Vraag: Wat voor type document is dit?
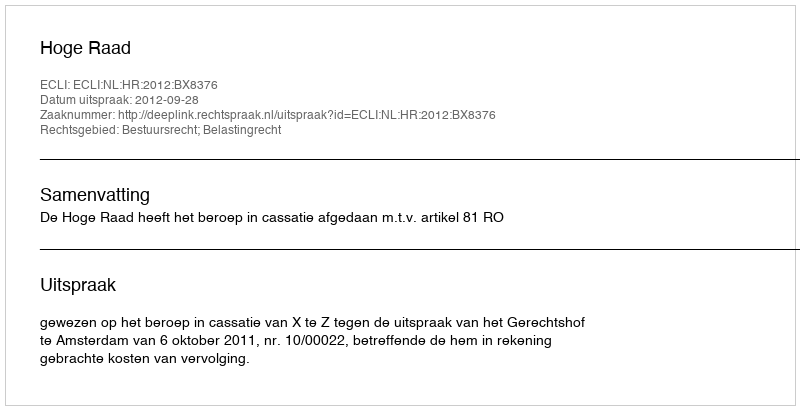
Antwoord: Uitspraak